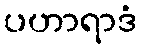
ပဟာရာဒံ